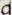
D